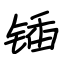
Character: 锸